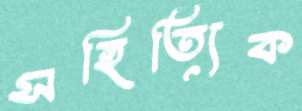
সহিত্যিক